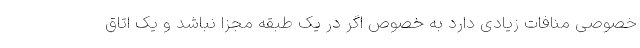
خصوصی منافات زیادی دارد به خصوص اگر در یک طبقه مجزا نباشد و یک اتاق